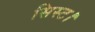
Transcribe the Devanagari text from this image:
सिस्ट।